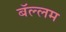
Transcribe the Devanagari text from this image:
बॅल्लम